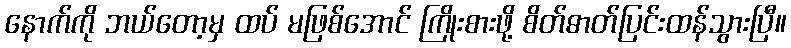
နောက်ကို ဘယ်တော့မှ ထပ် မဖြစ်အောင် ကြိုးစားဖို့ စိတ်ဓာတ်ပြင်းထန်သွားပြီ။